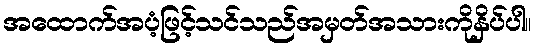
အထောက်အပံ့ဖြင့်သင်သည်အမှတ်အသားကိုနှိပ်ပါ။